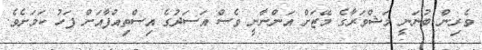
ވެރިން ބުނަނީ މަޝްވަރާގެ މޭޒަށް އަންނާނީ ވެސް އަސަދުގެ އިސްތިއުފާއަށް ފަހު ކަމަށެވެ.